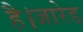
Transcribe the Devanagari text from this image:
है।जारेड